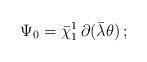
\begin{align*}\Psi_0 = \bar\chi_1^1 \, \partial(\bar\lambda \theta) \,;\end{align*}